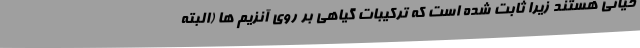
حیاتی هستند زیرا ثابت شده است که ترکیبات گیاهی بر روی آنزیم ها (البته